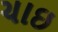
ચાઇ